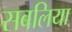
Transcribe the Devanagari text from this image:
सबलिया